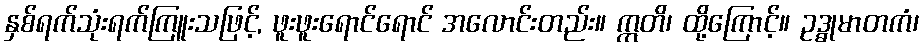
နှစ်ရက်သုံးရက်ကြူးသဖြင့်, ဖူးဖူးရောင်ရောင် အလောင်းတည်း။ ဣတိ၊ ထို့ကြောင့်။ ဥဒ္ဓုမာတကံ၊